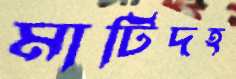
মাটিদহ